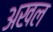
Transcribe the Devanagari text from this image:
अखल